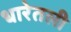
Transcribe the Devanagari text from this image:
धारेतली